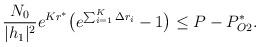
LaTeX: \begin{align*}\frac{N_0}{|h_1|^2}e^{Kr^*}\big(e^{ \sum_{i=1}^K\Delta r_i}-1 \big)\leq P-P_{O2}^*.\end{align*}